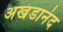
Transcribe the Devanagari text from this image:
अखंडानंद